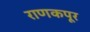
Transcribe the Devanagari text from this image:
राणकपूर